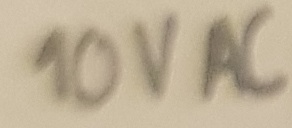
Text: 10 V AC